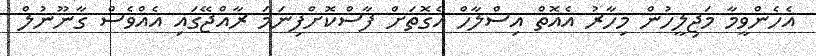
އެެހެންވީމާ މަޖިލީހުން މިހާރު އެއޮތް އިސްލާހް އެގޮތަށް ފާސްކޮށްފިނަމަ ރާއްޖޭގައި އެއްވެސް ގާނޫނުލް